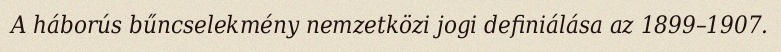
A háborús bűncselekmény nemzetközi jogi definiálása az 1899–1907.